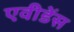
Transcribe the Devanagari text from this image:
एवीडेंस